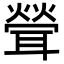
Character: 𦖽